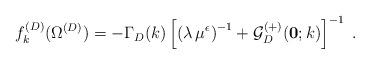
LaTeX: \begin{align*}f^{(D)}_{k}( \Omega^{({D})} )=- \Gamma_{{D}} (k)\left[ \left( \lambda \, \mu^{\epsilon} \right)^{-1} +{\mathcal G}^{(+)}_{{D}} ({\bf 0};k) \right]^{-1}\; .\end{align*}